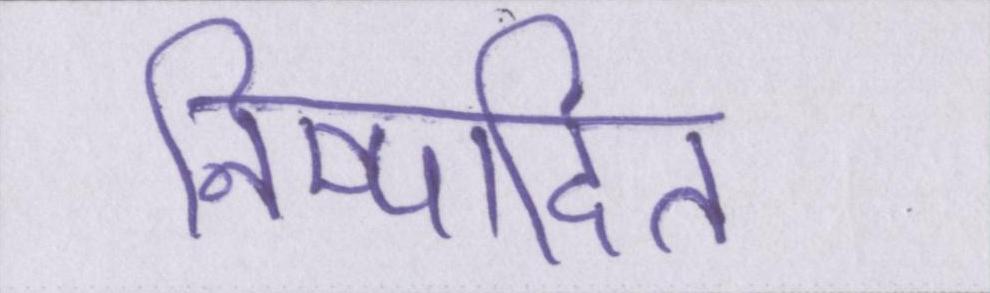
निष्पादित